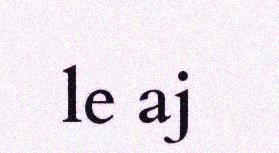
le aj